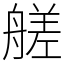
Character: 艖